Report on vaccination in the Province of Bengal - 1874-1889
Year: 1874
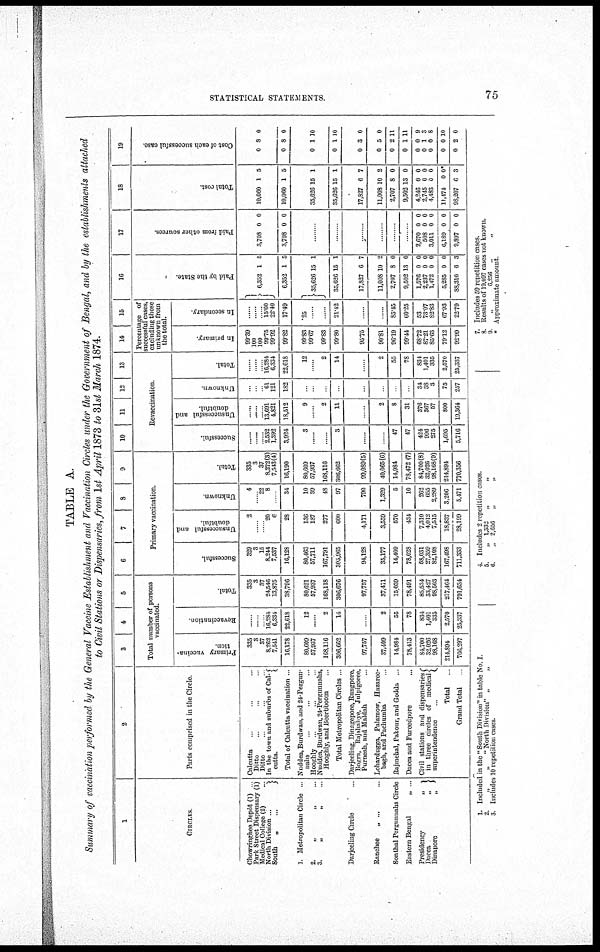
STATISTICAL STATEMENTS.
75
TABLE A.
Summary of vaccination performed by the General Vaccine Establishment and Vaccination Circles under the Government of Bengal, and by the establishments attached
to Civil Stations or Dispensaries, from 1st April 1873 to 31st March 1874.
1
CIRCLES.
Chowringhee Depôt (1) ...
Park Street Dispensary (1)
Medical College (2) ...
North Division ...
South „
...
1. Metropolitan Circle ..
2.
„
„ ...
3.
„
„ ...
Darjeeling Circle ...
Ranchee
„ ... ...
Sonthal Pergunnahs Circle
Eastern Bengal
„ ...
Presidency
„
Dacca
„
Dinapore
„
2
Parts comprised in the Circle.
Calcutta ... ... ...
Ditto ... ... ...
Ditto ... ... ...
In the town and suburbs of Cal-
cutta.
Total of Calcutta vaccination ...
Nuddea, Burdwan, and 24-Pergun-
nahs ... ... ...
Hooghly ... ...
Nuddea, Burdwan, 24-PerRunuahs,
Hooghly, and Beerbboom ...
Total Metropolitan Circles ...
Darjeeling, Dinagepore, Rungpore,
Bogra, Rajshahye, Julpigoree,
Purneah, and Maldah ...
Lohardugga, Palamow, Hazaree¬
bagh, and Pachumba ...
Rajmehal, Pakour, and Godda ...
Dacca and Fureedpore ...
Civil stations and dispensaries
in three circles of medical
superintendence
...
Total ...
Grand Total
3
4
5
Total number of persons
vaccinated.
Primary vaccina-
tion.
335
3
37
8,262
7,541
16,178
80,609 57,937 168,116
306,662
97,757
37,409
14,984
78,413
84,700 32,026 98,168
214,894
766,297
Revaccination.
......
......
......
16,284
6,334
22,618
12
......
2
14
......
2
55
78
834
1,401
335
2,570
25,337
Total.
335
3
37
24,546
13,875
38,796
80,621 57,937 168,118
306,676
97,757
37,411
15,039
78,491
85,534 33,427 98,503
217,464
791,634
6
7
8
9
Primary vaccination.
Successful.
329
3
15
8,244
7,537
16,128
80,463
57,711
167,791
305,965
94,128
35,177
14,409
78,028
58,031
27,359
82,108
167,498
711,333
Unsuccessful and
doubtful.
2
......
......
20
6
28
136
187
277
600
4,171
3,559
570
434
7,310
4,012 7,515
18,837
28,199
Unknown.
4
......
22
8
34
10
39
48
97
790
1,329
5
10
262
655
2,289
3,206
5,471
Total.
335
3
37
8,272(3)
7,543(4)
16,190
80,609
57,937
168,116
306,662
99,089(5)
40,065(6)
14,984
78,472 (7)
84,700(8)
32,026
98,168(9)
214,894
770,356
10
11
12
13
Revaccination.
Successful.
......
......
......
2,532
1,392
3,924
3
......
......
3
......
......
47
47
424
996
275
1,695
5,716
Unsuccessful and
doubtful.
......
......
......
13,691
4,821
18,512
9
......
2
11
......
2
8
31
376
367
57
800
19,364
Unknown.
...
...
...
61
121
182
...
...
...
...
...
...
...
...
34
38
3
75
257
Total.
......
......
......
16,284
6,334
22,618
12
......
2
14
......
2
55
78
834
1,401
335
2,570
25,337
14
15
Percentage of
successfulcases,
excluding those
unknown from
the total.
In primary.
99.39
100
100
99.75
99.92
99.82
99.83
99.67
99.83
99.80
95.75
90.81
96.19
99.44
68.72
87.21
85.63
79.12
92.99
In secondary.
......
......
......
15.60
22.40
17.49
.25
......
......
21.42
...
....
85.45
60.25
53
73.07
82.83
67.93
23.79
16
Paid by the State.
6,352
6,352
35,626
35,626
17,827
11,008
2,707
9,502
1,576
2,237
1,472
5,285
88,310
1
1
15
15
6
10
8
13
0
0
0
0
6
5
5
1
1
7
2
0
0
0
0
0
0
3
17
Paid from other sources.
3,708
3,708
0
0
0
0
...
...
......
......
...
2,670
508
3,011
6,189
9,897
0
0
0
0
0
0
0
0
0
0
18
Total cost.
10,060
10,060
35,626
35,626
17,827
11,008
2,707
9,502
4,246
2,745
4,483
11,474
98,207
1
1
15
15
6
10
8
13
0
0
0
0
6
5
5
1
1
7
2
0
0
0
0
0
0*
3
19
Cost of each successful case.
0
0
0
0
0
0
0
0
0
0
0
0
0
8
8
1
1
3
5
2
1
0
1
0
0
2
0
0
10
10
0
0
11
11
9
3
8
10
0
1.
2.
3.
Included in the " South Division" in table No. I.
„
„
" North Division" „
„
Includes 10 repetition cases.
4.
5.
6
Includes 2 repetition cases.
„ 1,332 „ „
„ 2,656
„ „
7.
8.
9
*
Includes 59 repetition cases.
Results of 19,097 cases not known.
„ 6,256 „ „
Approximate amount.